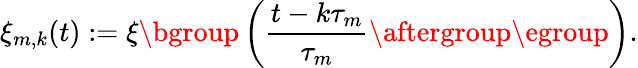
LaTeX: \xi_{m,k}(t):=\xi\mathopen{}\mathclose\bgroup\left(\frac{t-k\tau_{m}}{\tau_{m}}\aftergroup\egroup\right).